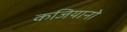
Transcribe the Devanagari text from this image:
कजियानो